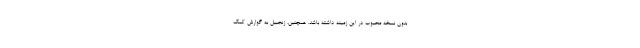
بدون نسخه محبوب در این زمینه داشته باشد. همچنین، زنجبیل به گوارش کمک